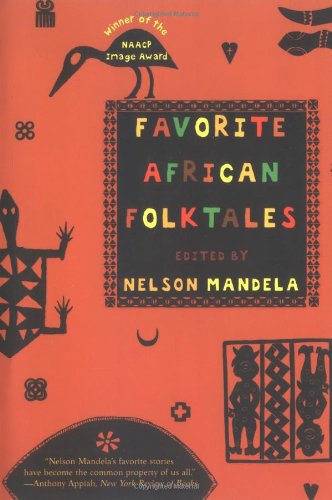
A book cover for Favorite African Folktales; Literature & Fiction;